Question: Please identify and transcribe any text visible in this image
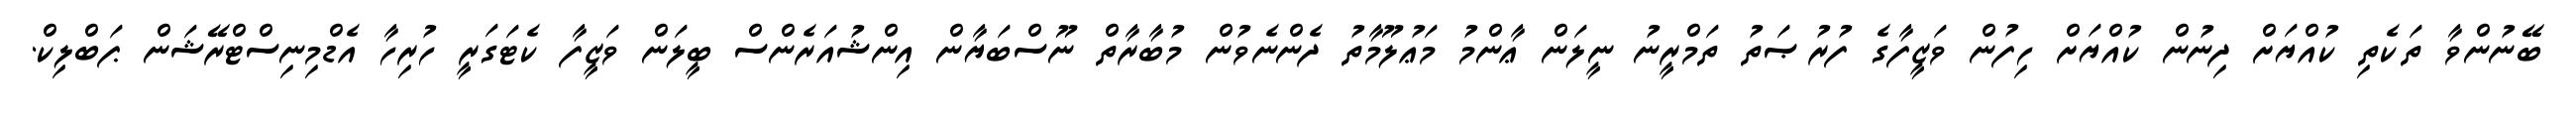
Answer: ބޭނުންވާ ތަކެތި ކުއްޔަށް ދިނުން ކުއްޔަށް ހިފުން ވަޒީފާގެ ފުރުޞަތު ތަމްރީނު ނީލަން ޢާންމު މަޢުލޫމާތު ދެންނެވުން މުބާރާތް ނޫސްބަޔާން އިންޝުއަރެންސް ބީލަން ވަޒީފާ ކެޓަގަރީ ހުރިހާ އެޑްމިނިސްޓްރޭޝަން ޕަބްލިކް.